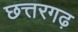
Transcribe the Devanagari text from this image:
छत्तरगढ़